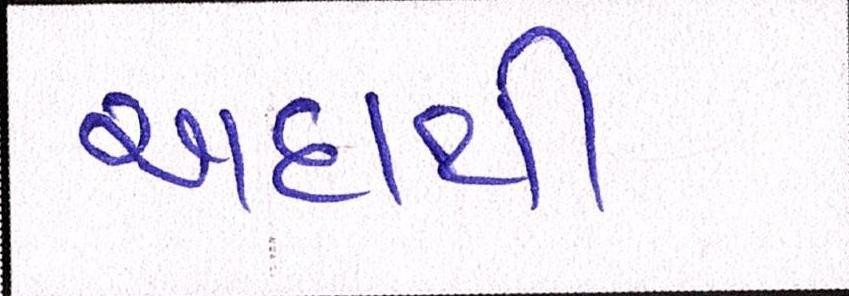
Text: અદાથી